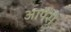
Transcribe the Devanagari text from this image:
आपैसे